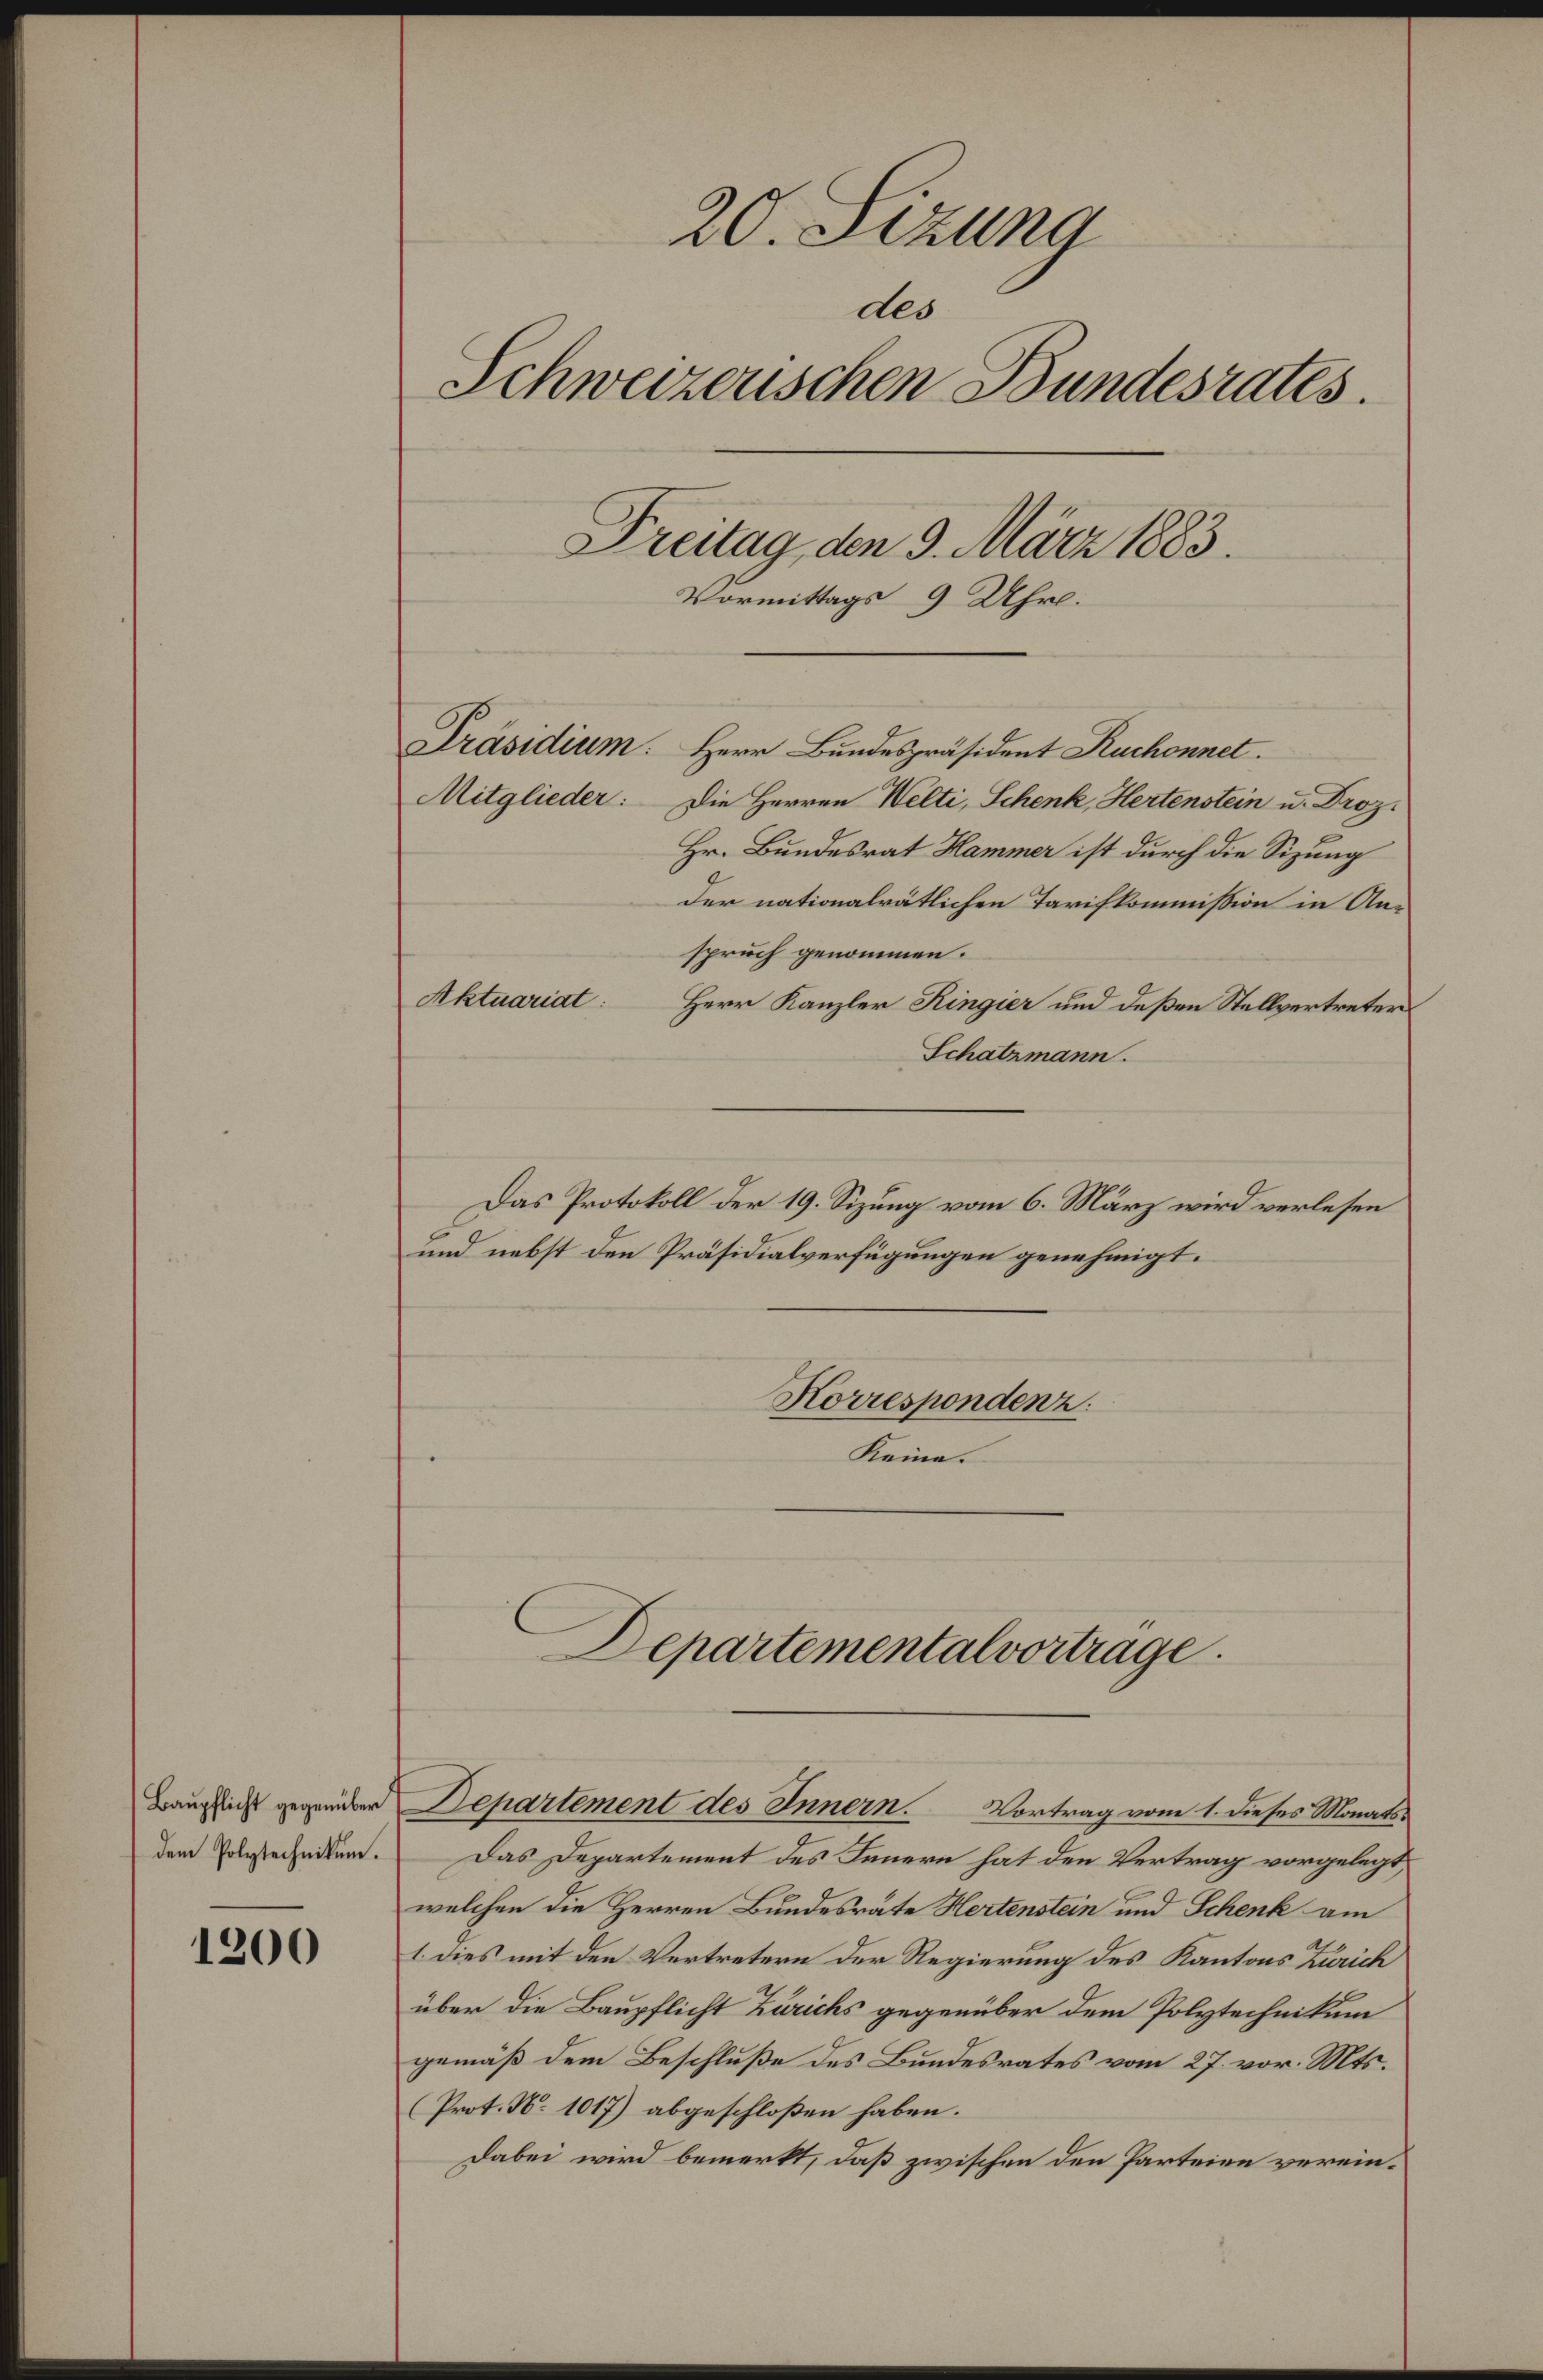
Baupflicht gegenüber
dem Polytechnikum.

1200

20. Sizung
des
Schweizerischen Bundesrates.
Freitag den 9. März 1883.
Vormittags 9 Uhr.

Präsidium. Herr Bundespräsident Ruchonnet.
Die Herren Welti, Schenk, Hertenstein u. Droz.
Hr. Bundesrat Hammer ist durch die Sizung
der nationalrätlichen Tarifkommission in Anspruch genommen.
Herr Kanzler Ringier und deßen Stellvertreter
Schatzmann.
Das Protokoll der 19. Sizung vom 6. März wird verlesen
und nebst den Präsidialverfügungen genehmigt.
Korrespondenz
Keine.

Mitglieder:

Aktuariat:

Departemental vortrage.

Departement des Innern. Vortrag vom 1. dieses Monats¬

Das Departement des Innern hat den Vertrag vorgelegt,
welchen die Herren Bundesräte Hertenstein und Schenk am
1. dies mit den Vertretern der Regierung des Kantons Zürich
über die Baupflicht Zürichs gegenüber dem Polytechnikum
gemäß dem Beschluße des Bundesrates vom 27. vor. Mts.
(Prot. N. 1017) abgeschloßen haben.
Dabei wird bemerkt, daß zwischen den Parteien verein¬